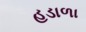
હડાળા